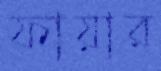
ফায়ার